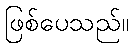
ဖြစ်ပေသည်။